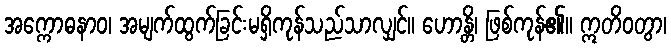
အက္ကောဓနာဝ၊ အမျက်ထွက်ခြင်းမရှိကုန်သည်သာလျှင်။ ဟောန္တိ၊ ဖြစ်ကုန်၏။ ဣတိဝတွာ၊